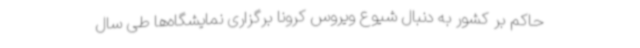
حاکم بر کشور به دنبال شیوع ویروس کرونا برگزاری نمایشگاه‌ها طی سال